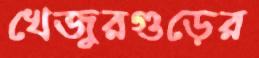
খেজুরগুড়ের